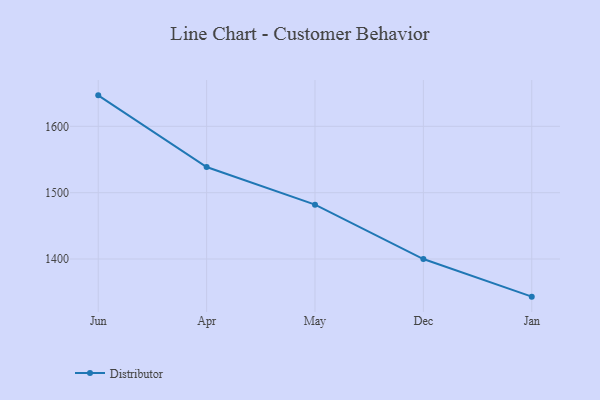
{"axis": {"x": "Month", "y": "Production Output"}, "legend": ["Distributor"], "data": [{"x": "Jun", "y": 1646.7, "type": "Distributor"}, {"x": "Apr", "y": 1538.7, "type": "Distributor"}, {"x": "May", "y": 1482.0, "type": "Distributor"}, {"x": "Dec", "y": 1400.0, "type": "Distributor"}, {"x": "Jan", "y": 1343.3, "type": "Distributor"}]}